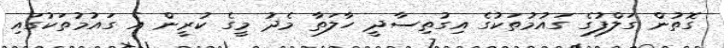
ގޮތުން ގަލްފުގެ ގައުމުތަކުގެ އިގުތިސާދީ ހާލަތާ މެދު މީގެ ކުރީން އެ ގައުމުތަކުގައި